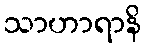
သာဟာရာနိ